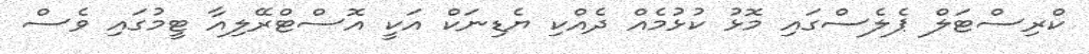
ކްރިސްޓަލް ޕެލެސްގައި މޮޅު ކުޅުމެއް ދެއްކި ޔެޑިނަކް އަކީ އޮސްޓްރޭލިއާ ޓީމުގައި ވެސް